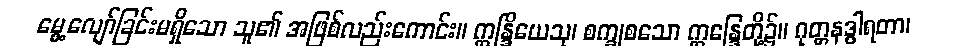
မွေ့လျော်ခြင်းမရှိသော သူ၏ အဖြစ်လည်းကောင်း။ ဣန္ဒြိယေသု၊ စက္ခုစသော ဣန္ဒြေတို့၌။ ဂုတ္တနဒွါရတာ၊